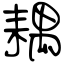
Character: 耦